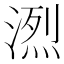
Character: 𪶭